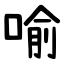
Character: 喻